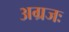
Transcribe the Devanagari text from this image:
अग्रजः